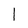
Character: l